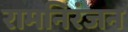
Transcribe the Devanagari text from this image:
रामनिरंजन